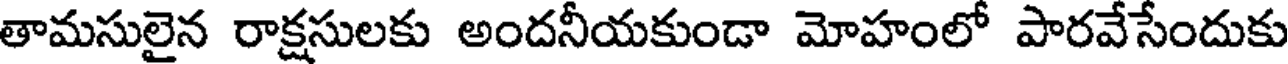
తామసులైన రాక్షసులకు అందనీయకుండా మోహంలో పారవేసేందుకు